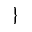
\}